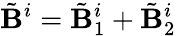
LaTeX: \tilde{\mathbf{B}}^{i}=\tilde{\mathbf{B}}_{1}^{i}+\tilde{\mathbf{B}}_{2}^{i}